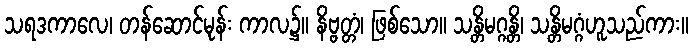
သရဒကာလေ၊ တန်ဆောင်မုန်း ကာလ၌။ နိဗ္ဗတ္တံ၊ ဖြစ်သော။ သန္တိမဂ္ဂန္တိ၊ သန္တိမဂ္ဂံဟူသည်ကား။